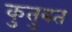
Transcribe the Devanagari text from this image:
कुतुबत